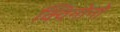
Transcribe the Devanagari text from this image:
क्विनोनों